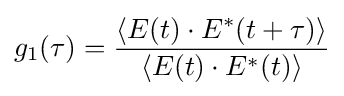
g_{1}(\tau )={\frac {\langle E(t)\cdot E^{*}(t+\tau )\rangle }{\langle E(t)\cdot E^{*}(t)\rangle }}